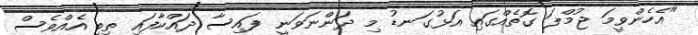
"އެހެންވީމަ ޖުމްލަ ގޮތެއްގައި އަޅުގަނޑު މި ދަންނަވަނީ ފައިސާ ދައްކާފައި ތިބި އެއްވެސް